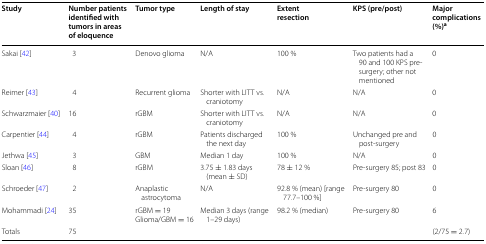
<table><thead><tr><td><b>Study</b></td><td><b>Number patients identified with tumors in areas of eloquence</b></td><td><b>Tumor type</b></td><td><b>Length of stay</b></td><td><b>Extent resection</b></td><td><b>KPS (pre/post)</b></td><td><b>Major complications (%)<sup>a</sup></b></td></tr></thead><tbody><tr><td>Sakai [42]</td><td>3</td><td>Denovo glioma</td><td>N/A</td><td>100 %</td><td>Two patients had a 90 and 100 KPS pre-surgery; other not mentioned</td><td>0</td></tr><tr><td>Reimer [43]</td><td>4</td><td>Recurrent glioma</td><td>Shorter with LITT vs. craniotomy</td><td>N/A</td><td>N/A</td><td>0</td></tr><tr><td>Schwarzmaier [40]</td><td>16</td><td>rGBM</td><td>Shorter with LITT vs. craniotomy</td><td>N/A</td><td>N/A</td><td>0</td></tr><tr><td>Carpentier [44]</td><td>4</td><td>rGBM</td><td>Patients discharged the next day</td><td>100 %</td><td>Unchanged pre and post-surgery</td><td>0</td></tr><tr><td>Jethwa [45]</td><td>3</td><td>GBM</td><td>Median 1 day</td><td>100 %</td><td>N/A</td><td>0</td></tr><tr><td>Sloan [46]</td><td>8</td><td>rGBM</td><td>3.75 ± 1.83 days (mean ± SD)</td><td>78 ± 12 %</td><td>Pre-surgery 85; post 83</td><td>0</td></tr><tr><td>Schroeder [47]</td><td>2</td><td>Anaplastic astrocytoma</td><td>N/A</td><td>92.8 % (mean) [range 77.7–100 %]</td><td>Pre-surgery 80</td><td>0</td></tr><tr><td>Mohammadi [24]</td><td>35</td><td>rGBM = 19Glioma/GBM = 16</td><td>Median 3 days (range 1–29 days)</td><td>98.2 % (median)</td><td>Pre-surgery 80</td><td>6</td></tr><tr><td>Totals</td><td>75</td><td></td><td></td><td></td><td></td><td>(2/75 = 2.7)</td></tr></tbody></table>